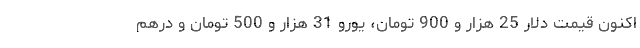
اکنون قیمت دلار 25 هزار و 900 تومان، یورو 31 هزار و 500 تومان و درهم